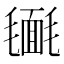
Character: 𣰔